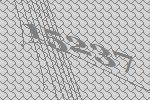
15237